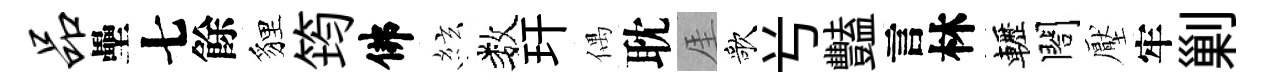
品壘七餘貍筠佛絃数玕偶耽厓歌𠔃豔言林轣閤壓牢剿